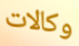
وكالات